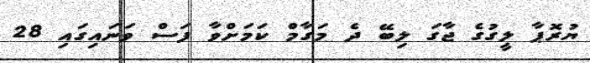
ޔުރޮޕާ ލީގުގެ ޖާގަ ލިބޭ ދެ މަގާމް ކަމަށްވާ ފަސް ވަނައިގައި 28